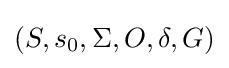
(S,s_{0},\Sigma ,O,\delta ,G)